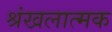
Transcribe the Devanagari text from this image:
श्रंखलात्मक